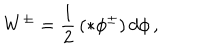
LaTeX: W ^ { \pm } = \frac { 1 } { 2 } \, ( \ast \phi ^ { \pm } ) \, d \phi \, ,